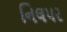
નિલપર